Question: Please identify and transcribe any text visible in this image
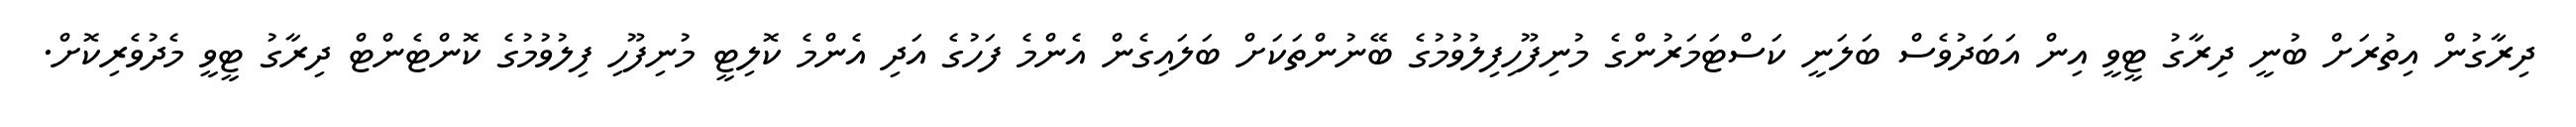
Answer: ދިރާގުން އިތުރަށް ބުނީ ދިރާގު ޓީވީ އިން އަބަދުވެސް ބަލަނީ ކަސްޓަމަރުންގެ މުނިފޫހިފިލުވުމުގެ ބޭނުންތަކަށް ބަލައިގެން އެންމެ ފަހުގެ އަދި އެންމެ ކޮލިޓީ މުނިފޫހި ފިލުވުމުގެ ކޮންޓެންޓް ދިރާގު ޓީވީ މެދުވެރިކޮށް.